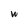
Character: W